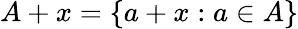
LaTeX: A+x=\{ a+x:a\in A\}